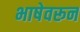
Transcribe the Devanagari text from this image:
भाषेवरून